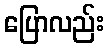
ပြောလည်း